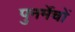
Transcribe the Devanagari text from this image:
पुनर्मेचों